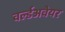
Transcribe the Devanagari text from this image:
वर्ल्डअवेयर